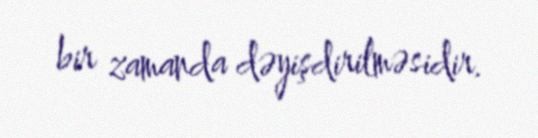
bir zamanda dəyişdirilməsidir.